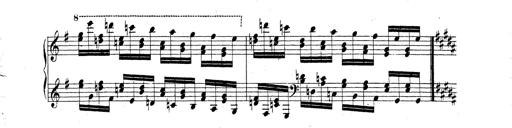
Title: Technische Studien
Composer: Franz Liszt